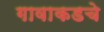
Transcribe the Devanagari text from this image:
गावाकडचे